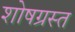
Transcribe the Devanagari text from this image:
शोषग्रस्‍त